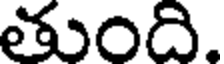
తుంది.